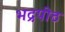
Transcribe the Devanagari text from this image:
भद्रपीठ